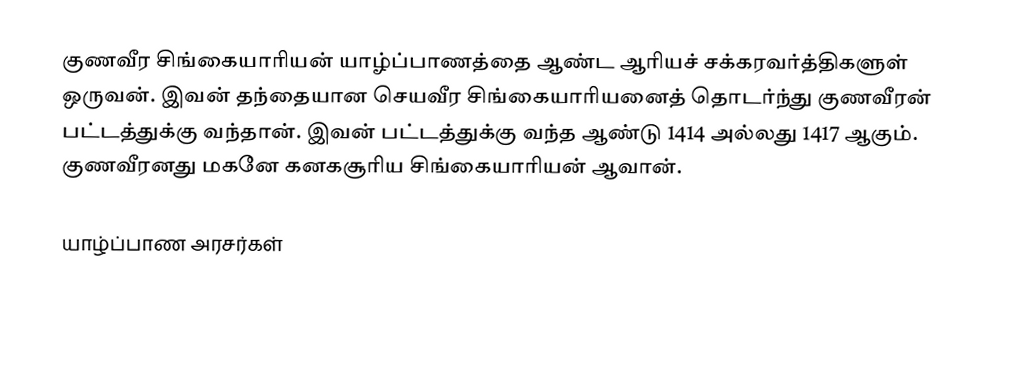
குணவீர சிங்கையாரியன் யாழ்ப்பாணத்தை ஆண்ட ஆரியச் சக்கரவர்த்திகளுள் ஒருவன். இவன் தந்தையான செயவீர சிங்கையாரியனைத் தொடர்ந்து குணவீரன் பட்டத்துக்கு வந்தான். இவன் பட்டத்துக்கு வந்த ஆண்டு 1414 அல்லது 1417 ஆகும். குணவீரனது மகனே கனகசூரிய சிங்கையாரியன் ஆவான்.

யாழ்ப்பாண அரசர்கள்